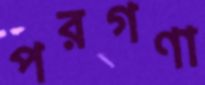
পরগণা